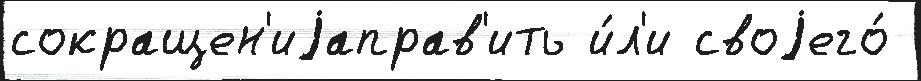
сокращен'иjаправ'ить и́л'и своjего́